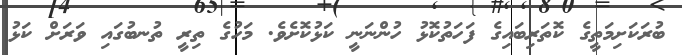
ބުރަކަށިމަތީގެ ކޮތަރިބައިގެ ފަހަތުކޮޅު ހުންނަނީ ކަޅުކޮށެވެ. މަހުގެ ތިރީ ތުނބުގައި ވަރަށް ކަޅު